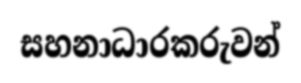
සහනාධාරකරුවන්